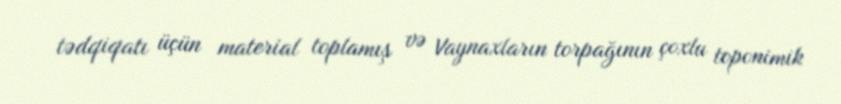
tədqiqatı üçün material toplamış və Vaynaxların torpağının çoxlu toponimik